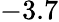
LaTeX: -3.7